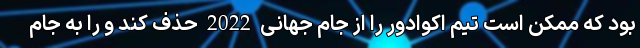
بود که ممکن است تیم اکوادور را از جام جهانی 2022 حذف کند و را به جام